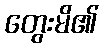
တွေးမိ၏